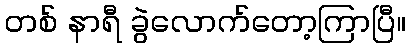
တစ် နာရီ ခွဲလောက်တော့ကြာပြီ။